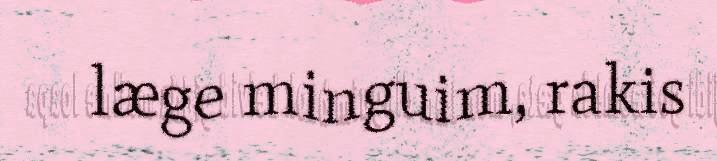
læge minguim, rakis